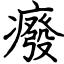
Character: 癈